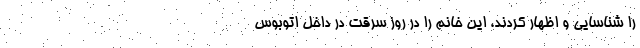
را شناسایی و اظهار کردند، این خانم را در روز سرقت در داخل اتوبوس